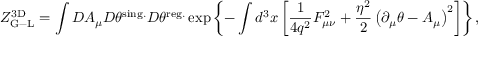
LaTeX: { \cal Z } _ { \mathrm { G - L } } ^ { \mathrm { 3 D } } = \int { \cal D } A _ { \mu } { \cal D } \theta ^ { \mathrm { s i n g . } } { \cal D } \theta ^ { \mathrm { r e g . } } \exp \left\{ - \int d ^ { 3 } x \left[ \frac { 1 } { 4 q ^ { 2 } } F _ { \mu \nu } ^ { 2 } + \frac { \eta ^ { 2 } } { 2 } \left( \partial _ { \mu } \theta - A _ { \mu } \right) ^ { 2 } \right] \right\} ,